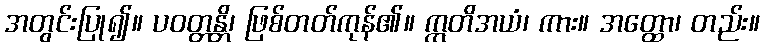
အတွင်းပြု၍။ ပဝတ္တန္တိ၊ ဖြစ်တတ်ကုန်၏။ ဣတိအယံ၊ ကား။ အတ္ထော၊ တည်း။